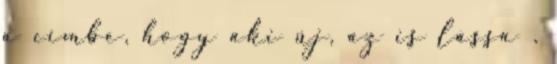
a címbe, hogy aki új, az is lássa .